Vaccination in Bombay 1856-1862 - 1856-1862
Year: 1856
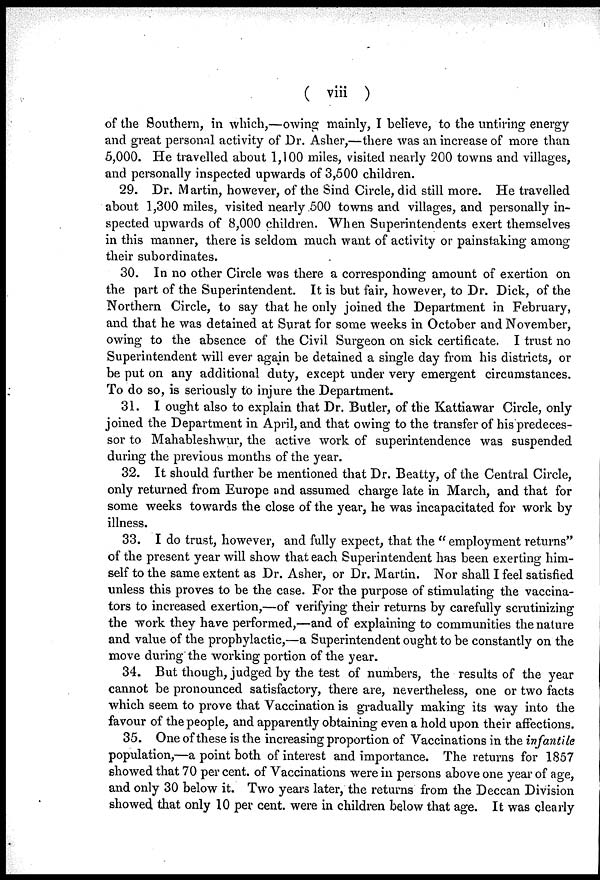
( viii )
of the Southern, in which,—owing mainly, I believe, to the untiring energy
and great personal activity of Dr. Asher,—there was an increase of more than
5,000. He travelled about 1,100 miles, visited nearly 200 towns and villages,
and personally inspected upwards of 3,500 children.
29. Dr. Martin, however, of the Sind Circle, did still more. He travelled
about 1,300 miles, visited nearly .500 towns and villages, and personally in-
spected upwards of 8,000 children. When Superintendents exert themselves
in this manner, there is seldom much want of activity or painstaking among
their subordinates.
30. In no other Circle was there a corresponding amount of exertion on
the part of the Superintendent. It is but fair, however, to Dr. Dick, of the
Northern Circle, to say that he only joined the Department in February,
and that he was detained at Surat for some weeks in October and November,
owing to the absence of the Civil Surgeon on sick certificate. I trust no
Superintendent will ever again be detained a single day from his districts, or
be put on any additional duty, except under very emergent circumstances.
To do so, is seriously to injure the Department.
31. I ought also to explain that Dr. Butler, of the Kattiawar Circle, only
joined the Department in April, and that owing to the transfer of his predeces-
sor to Mahableshwur, the active work of superintendence was suspended
during the previous months of the year.
32. It should further be mentioned that Dr. Beatty, of the Central Circle,
only returned from Europe and assumed charge late in March, and that for
some weeks towards the close of the year, he was incapacitated for work by
illness.
33. I do trust, however, and fully expect, that the " employment returns"
of the present year will show that each Superintendent has been exerting him-
self to the same extent as Dr. Asher, or Dr. Martin. Nor shall I feel satisfied
unless this proves to be the case. For the purpose of stimulating the vaccina-
tors to increased exertion,—of verifying their returns by carefully scrutinizing
the work they have performed,—and of explaining to communities the nature
and value of the prophylactic,—a Superintendent ought to be constantly on the
move during the working portion of the year.
34. But though, judged by the test of numbers, the results of the year
cannot be pronounced satisfactory, there are, nevertheless, one or two facts
which seem to prove that Vaccination is gradually making its way into the
favour of the people, and apparently obtaining even a hold upon their affections.
35. One of these is the increasing proportion of Vaccinations in the infantile
population,—a point both of interest and importance. The returns for 1857
showed that 70 per cent. of Vaccinations were in persons above one year of age,
and only 30 below it. Two years later, the returns from the Deccan Division
showed that only 10 per cent. were in children below that age. It was clearly